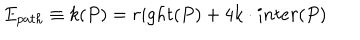
E _ { p a t h } \equiv k ( P ) = r i g h t ( P ) + 4 k \cdot i n t e r ( P )